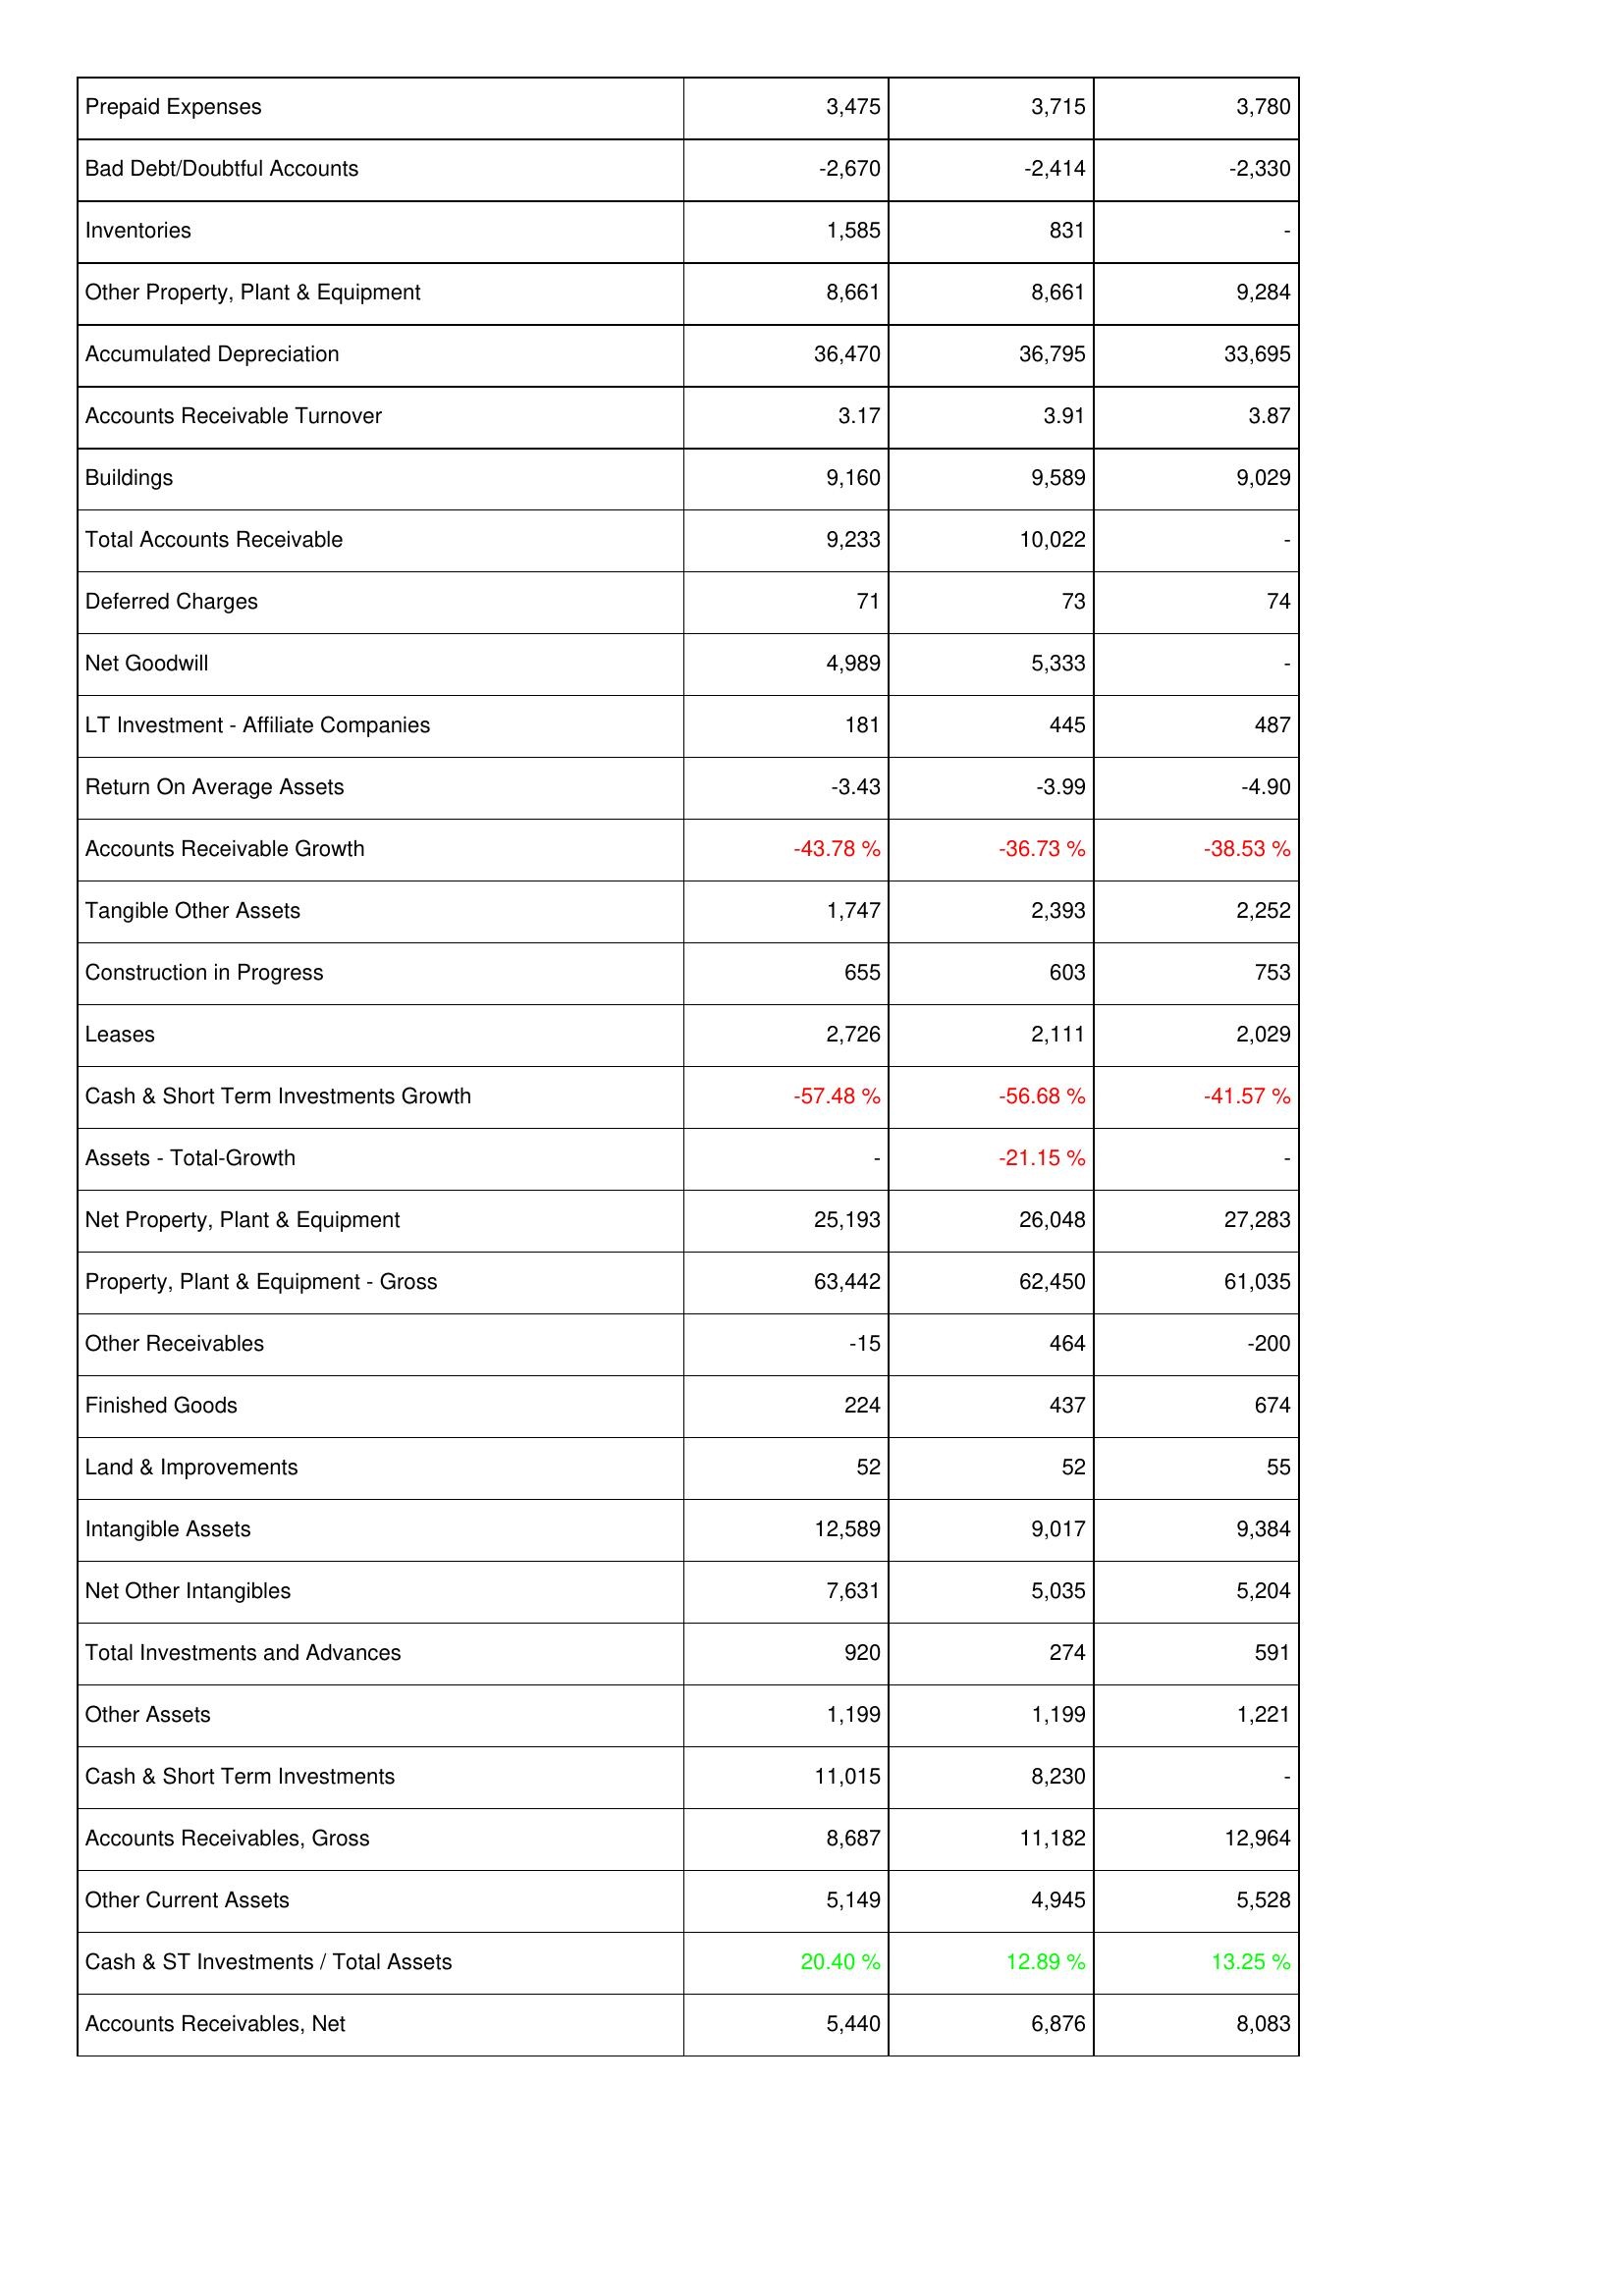
2019: Assets: Prepaid Expenses: 3,475
Bad Debt/Doubtful Accounts: -2,670
Inventories: 1,585
Other Property, Plant & Equipment: 8,661
Accumulated Depreciation: 36,470
Accounts Receivable Turnover: 3.17
Buildings: 9,160
Total Accounts Receivable: 9,233
Deferred Charges: 71
Net Goodwill: 4,989
LT Investment - Affiliate Companies: 181
Return On Average Assets: -3.43
Accounts Receivable Growth: -43.78 %
Tangible Other Assets: 1,747
Construction in Progress: 655
Leases: 2,726
Cash & Short Term Investments Growth: -57.48 %
Assets - Total-Growth: -
Net Property, Plant & Equipment: 25,193
Property, Plant & Equipment - Gross: 63,442
Other Receivables: -15
Finished Goods: 224
Land & Improvements: 52
Intangible Assets: 12,589
Net Other Intangibles: 7,631
Total Investments and Advances: 920
Other Assets: 1,199
Cash & Short Term Investments: 11,015
Accounts Receivables, Gross: 8,687
Other Current Assets: 5,149
Cash & ST Investments / Total Assets: 20.40 %
Accounts Receivables, Net: 5,440
2020: Assets: Prepaid Expenses: 3,715
Bad Debt/Doubtful Accounts: -2,414
Inventories: 831
Other Property, Plant & Equipment: 8,661
Accumulated Depreciation: 36,795
Accounts Receivable Turnover: 3.91
Buildings: 9,589
Total Accounts Receivable: 10,022
Deferred Charges: 73
Net Goodwill: 5,333
LT Investment - Affiliate Companies: 445
Return On Average Assets: -3.99
Accounts Receivable Growth: -36.73 %
Tangible Other Assets: 2,393
Construction in Progress: 603
Leases: 2,111
Cash & Short Term Investments Growth: -56.68 %
Assets - Total-Growth: -21.15 %
Net Property, Plant & Equipment: 26,048
Property, Plant & Equipment - Gross: 62,450
Other Receivables: 464
Finished Goods: 437
Land & Improvements: 52
Intangible Assets: 9,017
Net Other Intangibles: 5,035
Total Investments and Advances: 274
Other Assets: 1,199
Cash & Short Term Investments: 8,230
Accounts Receivables, Gross: 11,182
Other Current Assets: 4,945
Cash & ST Investments / Total Assets: 12.89 %
Accounts Receivables, Net: 6,876
2021: Assets: Prepaid Expenses: 3,780
Bad Debt/Doubtful Accounts: -2,330
Inventories: -
Other Property, Plant & Equipment: 9,284
Accumulated Depreciation: 33,695
Accounts Receivable Turnover: 3.87
Buildings: 9,029
Total Accounts Receivable: -
Deferred Charges: 74
Net Goodwill: -
LT Investment - Affiliate Companies: 487
Return On Average Assets: -4.90
Accounts Receivable Growth: -38.53 %
Tangible Other Assets: 2,252
Construction in Progress: 753
Leases: 2,029
Cash & Short Term Investments Growth: -41.57 %
Assets - Total-Growth: -
Net Property, Plant & Equipment: 27,283
Property, Plant & Equipment - Gross: 61,035
Other Receivables: -200
Finished Goods: 674
Land & Improvements: 55
Intangible Assets: 9,384
Net Other Intangibles: 5,204
Total Investments and Advances: 591
Other Assets: 1,221
Cash & Short Term Investments: -
Accounts Receivables, Gross: 12,964
Other Current Assets: 5,528
Cash & ST Investments / Total Assets: 13.25 %
Accounts Receivables, Net: 8,083